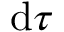
\mathrm { d } \tau